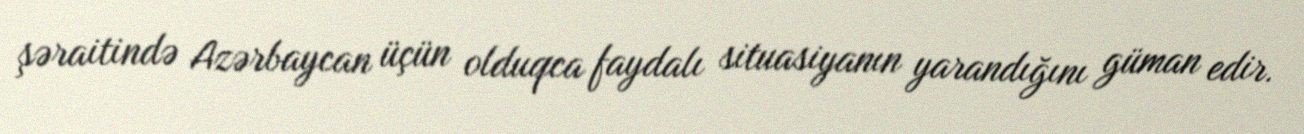
şəraitində Azərbaycan üçün olduqca faydalı situasiyanın yarandığını güman edir.